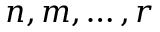
n , m , \ldots , r